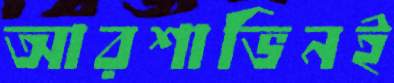
আরশাভিনই